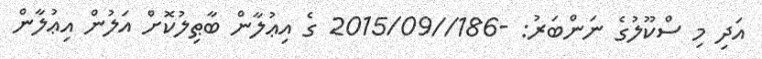
އަދި މި ސްކޫލުގެ ނަންބަރު: -186//2015/09 ގެ އިޢުލާން ބާޠިލުކޮށް އަލުން އިޢުލާން